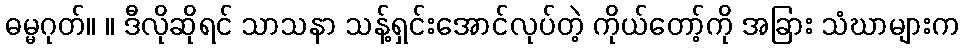
ဓမ္မဂုတ်။ ။ ဒီလိုဆိုရင် သာသနာ သန့်ရှင်းအောင်လုပ်တဲ့ ကိုယ်တော့်ကို အခြား သံဃာများက